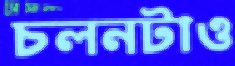
চলনটাও